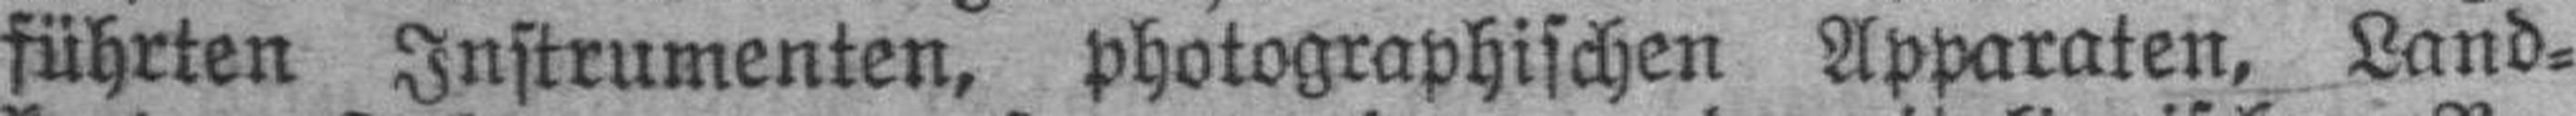
führten Instrumenten, photographischen Apparaten, Land¬